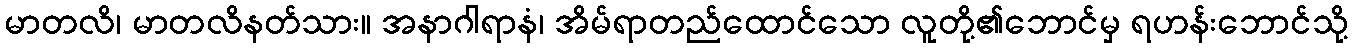
မာတလိ၊ မာတလိနတ်သား။ အနာဂါရာနံ၊ အိမ်ရာတည်ထောင်သော လူတို့၏ဘောင်မှ ရဟန်းဘောင်သို့